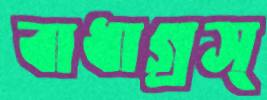
বাধাগ্রস্